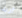
أريد